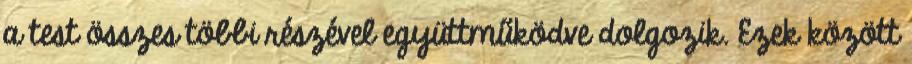
a test összes többi részével együttműködve dolgozik. Ezek között